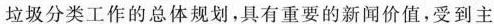
垃圾分类工作的总体规划，具有重要的新闻价值，受到主